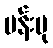
ပန်းပု